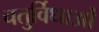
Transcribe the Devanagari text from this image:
चतुर्विधाओं